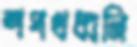
শপথধ্বনি